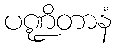
ပဏ္ဍိတာနံ